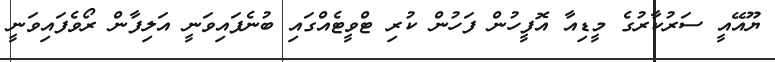
ޔޫއޭއީ ސަރުކާރުގެ މީޑިއާ އޮފީހުން ފަހުން ކުރި ޓްވީޓެއްގައި ބުނެފައިވަނީ އަލިފާން ރޯވެފައިވަނީ